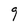
Character: g